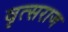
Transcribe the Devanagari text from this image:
वृत्सराज